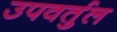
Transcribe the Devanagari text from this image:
उपवर्तुल